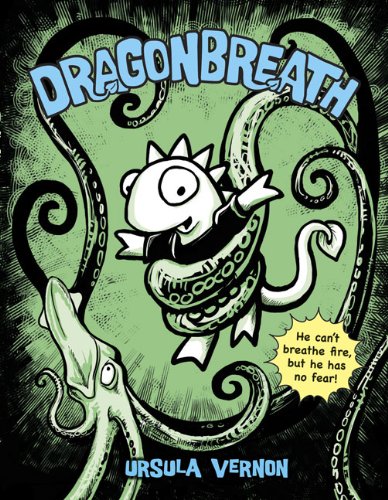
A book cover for Dragonbreath; Ursula Vernon; Children's Books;